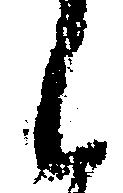
し